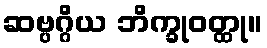
ဆဗ္ပဂ္ဂိယ ဘိက္ခုဝတ္ထု။